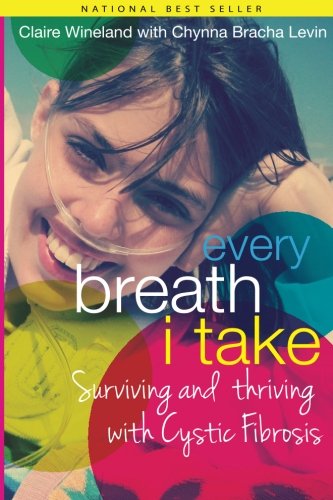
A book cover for Every Breath I Take; Ms. Chynna Bracha Levin; Health, Fitness & Dieting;